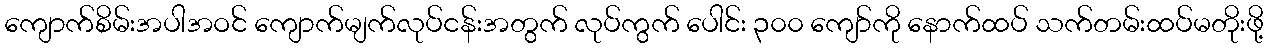
ကျောက်စိမ်းအပါအဝင် ကျောက်မျက်လုပ်ငန်းအတွက် လုပ်ကွက် ပေါင်း ၃၀၀ ကျော်ကို နောက်ထပ် သက်တမ်းထပ်မတိုးဖို့